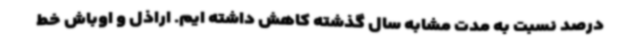
درصد نسبت به مدت مشابه سال گذشته کاهش داشته ایم. اراذل و اوباش خط